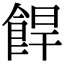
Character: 𩛧